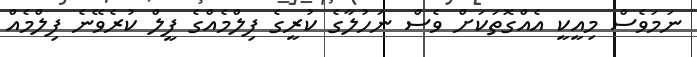
ނަމަވެސް މިއީކީ އެއްގޮތަކަށް ވެސް ނަހުލާގެ ކުރީގެ ފިލްމެއްގެ ފީލް ކުރެވޭނެ ފިލްމެއް